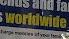
worldwidw